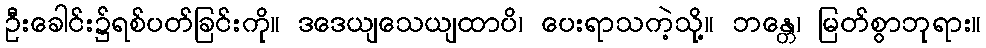
ဦးခေါင်း၌ရစ်ပတ်ခြင်းကို။ ဒဒေယျသေယျထာပိ၊ ပေးရာသကဲ့သို့။ ဘန္တေ၊ မြတ်စွာဘုရား။